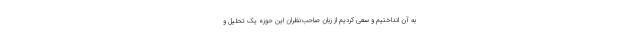
به آن انداختیم و سعی کردیم از زبان صاحب‌نظران این حوزه یک تحلیل و